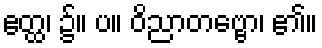
ဧတ္ထ၊ ၌။ ပ။ ဝိညာတဗ္ဗော၊ ၏။